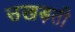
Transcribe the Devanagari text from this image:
उखड़ती